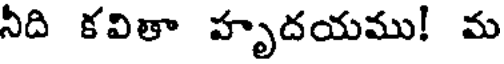
నీది కవితా హృదయము! మ